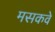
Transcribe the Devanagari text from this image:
मसकवे